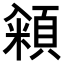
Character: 𮨓